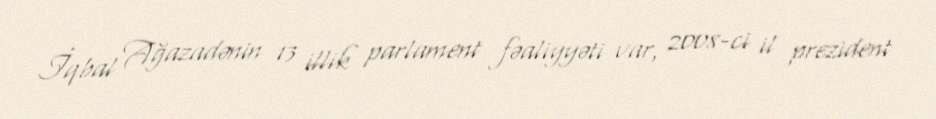
İqbal Ağazadənin 13 illik parlament fəaliyyəti var, 2008-ci il prezident